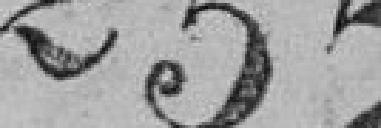
257